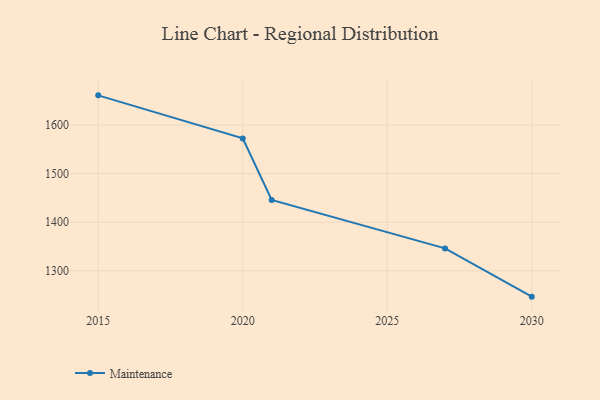
{"axis": {"x": "Year", "y": "Revenue (USD Million)"}, "legend": ["Maintenance"], "data": [{"x": "2030", "y": 1246.7, "type": "Maintenance"}, {"x": "2027", "y": 1346.0, "type": "Maintenance"}, {"x": "2021", "y": 1445.8, "type": "Maintenance"}, {"x": "2020", "y": 1572.5, "type": "Maintenance"}, {"x": "2015", "y": 1661.1, "type": "Maintenance"}]}